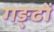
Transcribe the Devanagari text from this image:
गङ्ढों